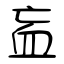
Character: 衁